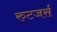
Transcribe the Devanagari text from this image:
रुटजर्स